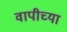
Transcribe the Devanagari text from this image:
वापीच्या